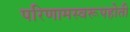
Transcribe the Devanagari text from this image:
परिणामस्वरूपहोती